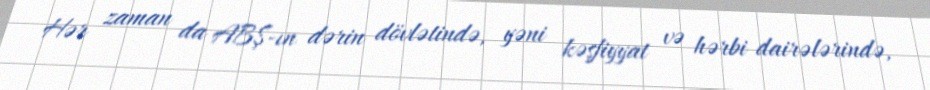
Hər zaman da ABŞ-ın dərin dövlətində, yəni kəşfiyyat və hərbi dairələrində,